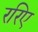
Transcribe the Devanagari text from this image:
ररिए